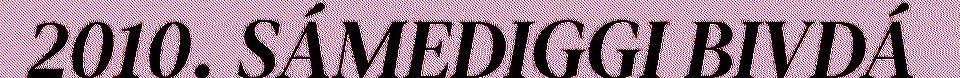
2010. SÁMEDIGGI BIVDÁ